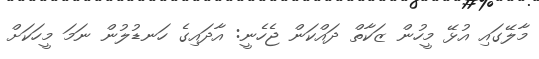
މާލޭގައި އުޅޭ މީހުން ޒަކާތް ދައްކަން ޖެހެނީ: އާދައިގެ ހަނޑުލުން ނަމަ މީހަކަށް